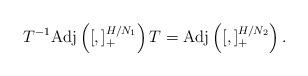
LaTeX: \begin{align*}T^{-1}{\rm Adj}\left([,]_+^{H/N_1}\right)T={\rm Adj}\left([,]^{H/N_2}_+\right).\end{align*}